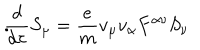
\frac { d } { d \tau } S _ { \mu } = \frac { e } { m } v _ { \mu } v _ { \alpha } F ^ { \alpha \nu } S _ { \nu } \hspace { . 4 i n } .